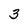
Character: 3